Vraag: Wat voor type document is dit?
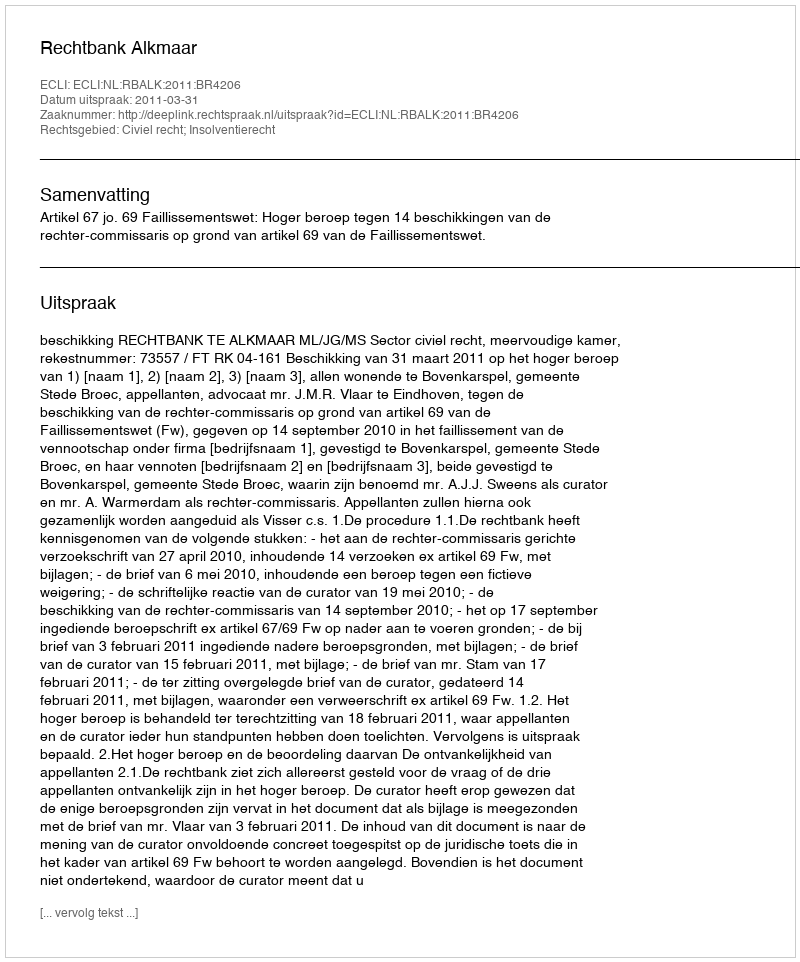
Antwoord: Uitspraak